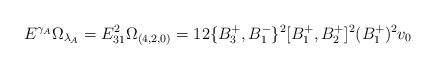
LaTeX: \begin{align*}E^{\gamma_A}\Omega_{\lambda_A}=E_{31}^2\Omega_{(4,2,0)}=12 \{B_3^+,B_1^-\}^2[B_1^+,B_2^+]^2(B_1^+)^2v_0\end{align*}